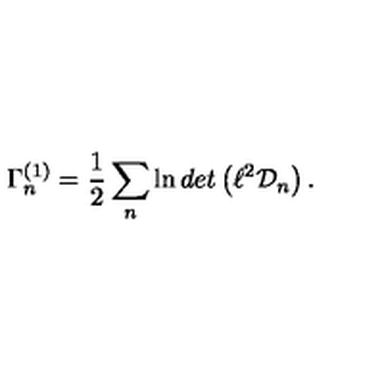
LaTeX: \Gamma _ { n } ^ { ( 1 ) } = { \frac { 1 } { 2 } } \sum _ { n } \ln d e t \left( \ell ^ { 2 } { \cal D } _ { n } \right) .